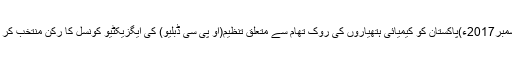
07 دسمبر2017ء)پاکستان کو کیمیائی ہتھیاروں کی روک تھام سے متعلق تنظیم(او پی سی ڈبلیو) کی ایگزیکٹیو کونسل کا رکن منتخب کر لیا گیا۔